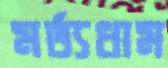
মর্ত্যধাম